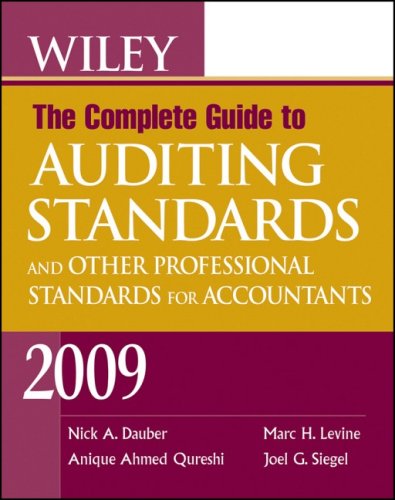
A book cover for Wiley The Complete Guide to Auditing Standards, and Other Professional Standards for Accountants 2009; Nick A. Dauber; Business & Money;